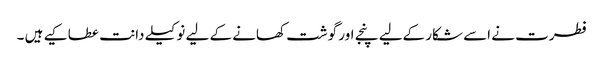
فطرت نے اسے شکار کےلیے پنجے اور گوشت کھانے کے لیے نوکیلے دانت عطا کیے ہیں ۔